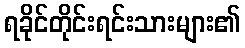
ရခိုင်တိုင်းရင်းသားများ၏